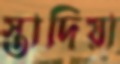
স্তাদিয়া